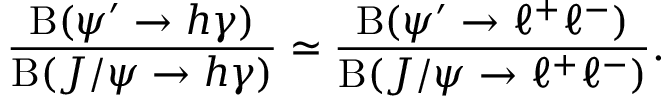
\frac { \mathrm { B } ( \psi ^ { \prime } \to h \gamma ) } { \mathrm { B } ( J / \psi \to h \gamma ) } \simeq \frac { \mathrm { B } ( \psi ^ { \prime } \to \ell ^ { + } \ell ^ { - } ) } { \mathrm { B } ( J / \psi \to \ell ^ { + } \ell ^ { - } ) } .